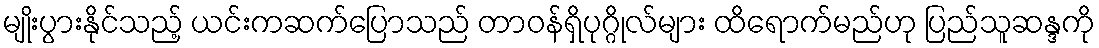
မျိုးပွားနိုင်သည့် ယင်းကဆက်ပြောသည် တာ၀န်ရှိပုဂ္ဂိုလ်များ ထိရောက်မည်ဟု ပြည်သူဆန္ဒကို